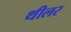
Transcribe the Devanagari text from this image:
थीलर